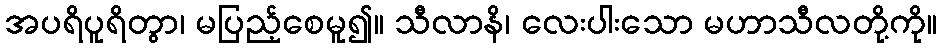
အပရိပူရိတွာ၊ မပြည့်စေမူ၍။ သီလာနိ၊ လေးပါးသော မဟာသီလတို့ကို။